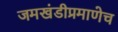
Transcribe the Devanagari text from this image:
जमखंडीप्रमाणेच